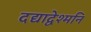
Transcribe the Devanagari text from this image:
दद्याद्वेश्मनि